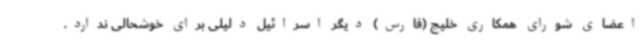
اعضای شورای همکاری خلیج (فارس) دیگر اسرائیل دلیلی برای خوشحالی ندارد.